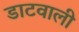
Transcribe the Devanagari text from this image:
डाटवाली